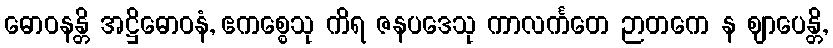
ဓောဝနန္တိ အဋ္ဌိဓောဝနံ, ဧကစ္စေသု ကိရ ဇနပဒေသု ကာလင်္ကတေ ဉာတကေ န ဈာပေန္တိ,